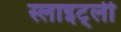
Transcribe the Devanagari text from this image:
स्लाइट्ली